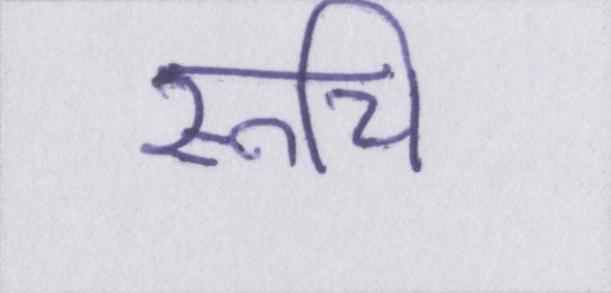
रूचि